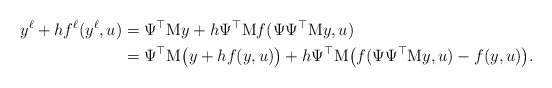
\begin{align*}y^\ell+hf^\ell(y^\ell,u)&=\Psi^\top \mathrm My+h\Psi^\top\mathrm Mf(\Psi\Psi^\top\mathrm My,u)\\&=\Psi^\top \mathrm M\big(y+hf(y,u)\big)+h\Psi^\top\mathrm M\big(f(\Psi\Psi^\top\mathrm M y,u)-f(y,u)\big).\end{align*}